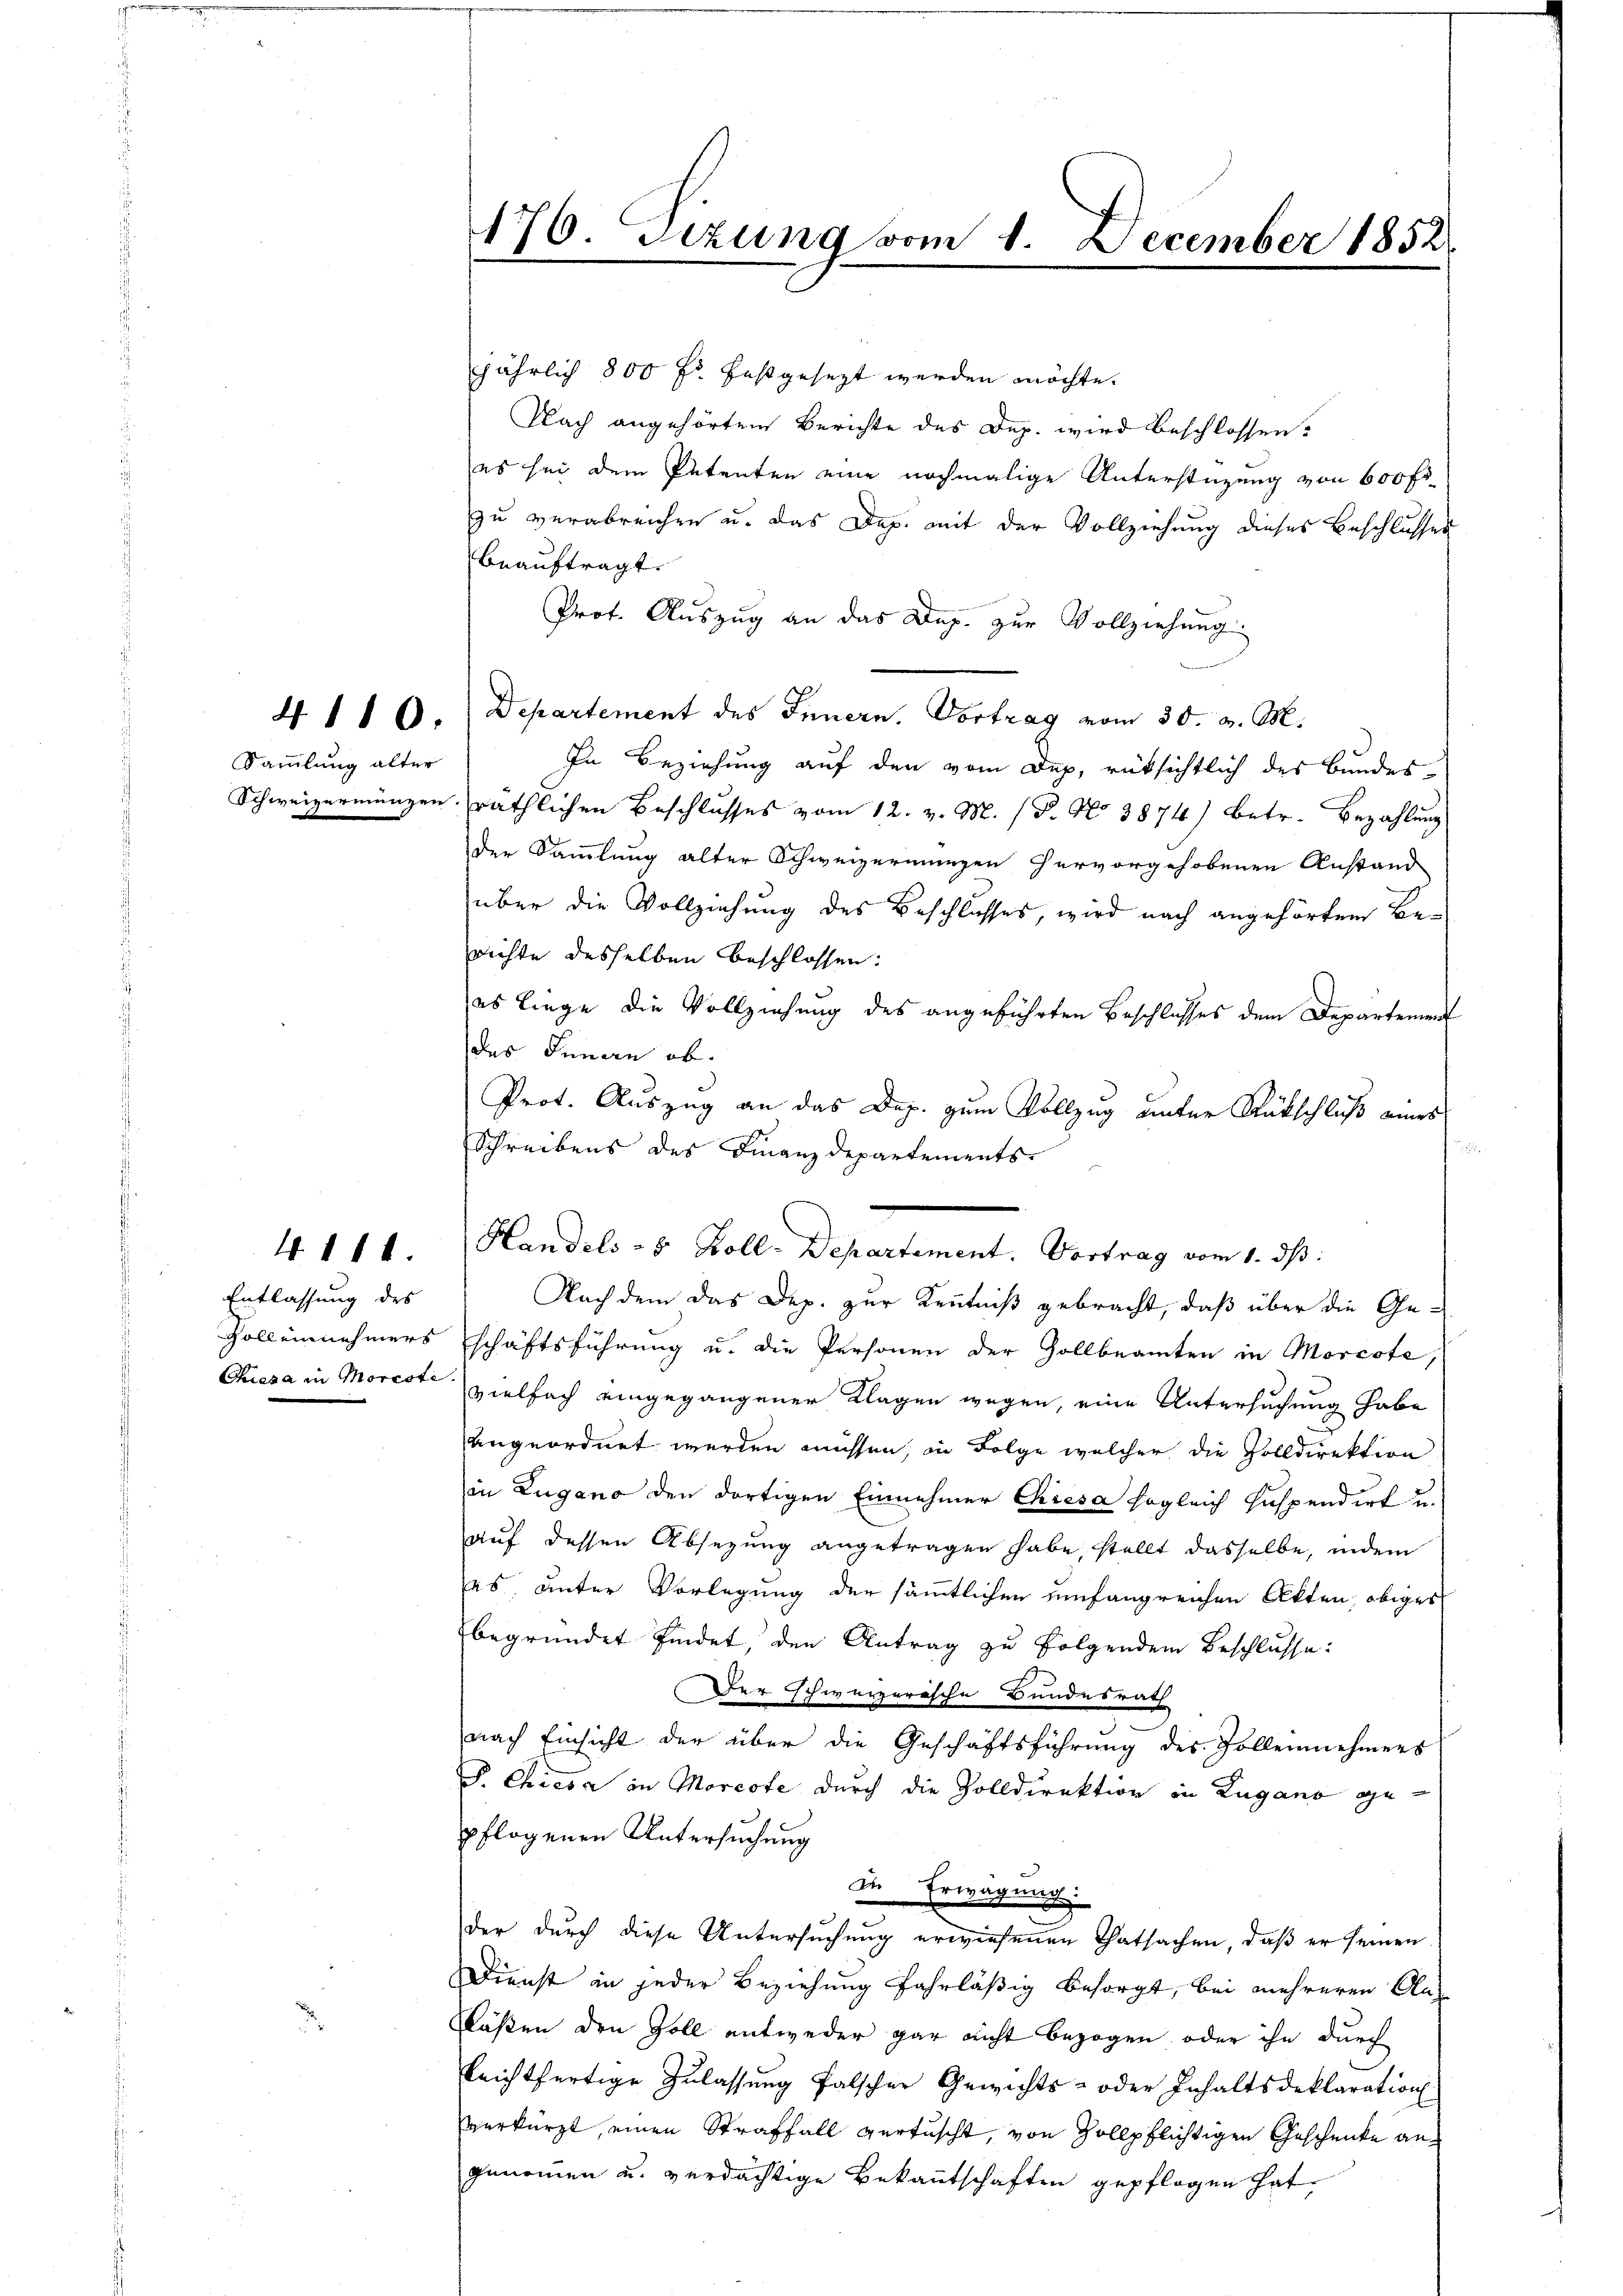
4. 110.

Sammlung alter

4.11.

Entlassung des
Goll einnehmers

176. Tizung vom 1. December 1852.

jährlich 800 Fr. festgesezt werden möchte.
Nach angehörten Berichte des Dep. wird beschlossen.
es sei dem Petenten eine nochmalige Unterstüzung von 600 fr.
zu verabreichen u. das Dep. mit der Vollziehung dieses Beschlusses
beauftragt.
Prof. Auszug an das Dep. zur Vollziehung
Departement des Innern. Vortrag vom 30. v. M.
In Beziehung auf den vom Dep, rüksichtlich des Bundes¬
Schweizermünzen räthlichen Beschlusses vom 12. v. M. (T. No 3874) betr. Bezahlung
der Sammlung alter Schweizermungen hervorgehobenen Anstand
über die Vollziehung des Beschlusses, wird nach angehörten Berichte desselben beschlossen:
es liege die Vollziehung des angeführten Beschlusses dem Departement
des Finan ob.
Prot. Auszug an das Dep. zum Vollzug unter Rückschluß eines
¬
Schreibens des Finanzdepartements-

Handels-8 Koll-Departement. Vortrag vom 1. ds.
Nach dem das Dep. zur Kenntniß gebracht, daß über die Ge¬

schäftsführung u. die Personen der Zollbeamten in Morcote,
Chiesa in Morcot vielfach eingegangener Klagen wegen, eine Untersuchung habe
angeordnet werden müssen, in Folge welcher die Zolldirektion
in Zugano den dortigen Einnehmer Chiesa sogleich Inspendirt u.
auf dessen Absezung angetragen habe, stellt dasselbe, indem
s, unter Vorlegung der sämmtlichen umfangreichen Akten, obiges
begründet findet, den Antrag zu folgendem Beschlusse:
Der Schwarzerische Bundesrath
nach Einsicht der über die Geschäftsführung des Zolleinehmers
P. Chiesa in Morcote durch die Zolldirektion in Lugano gepflogenen Untersuchung
In Erwägung:
der durch diese Untersuchung erwiesenen Thatsachen, daß er seinen
Dienst in jeder Beziehung fahrläßig besorgt, bei mehreren An¬
Fläßen den Zoll entweder gar nicht bezogen oder ihn durch
leichtfertige Zulassung falschen Gewichts- oder Inhaltsdeklaration
verkürzt, einen Straffall vertuscht, von Zollpflichtigen Geschenke angenommen u. verdächtige Bekanntschaften gepflogen hat,